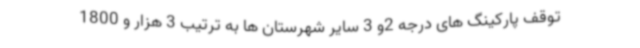
توقف پارکینگ های درجه 2و 3 سایر شهرستان ها به ترتیب 3 هزار و 1800